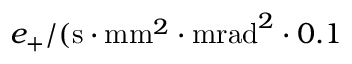
e _ { + } / ( \mathrm { s } \cdot \mathrm { m m } ^ { 2 } \cdot \mathrm { m r a d } ^ { 2 } \cdot 0 . 1 \